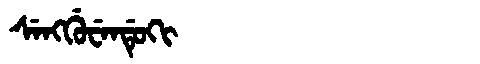
Manchu: ᠰᡝᠩᡤᡠᠸᡝᠨᡩᡠᡴᡳ
Romanization: SENGGUWENDUKI